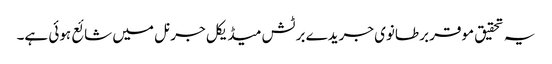
یہ تحقیق موقر برطانوی جریدے برٹش میڈیکل جرنل میں شائع ہوئی ہے۔